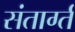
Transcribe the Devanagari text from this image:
संतार्ग्त